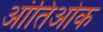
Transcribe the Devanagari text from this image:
आंतिओक